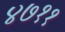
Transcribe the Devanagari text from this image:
४७११